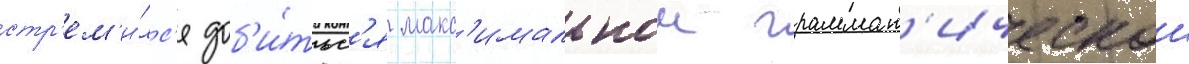
стр'ем'и́лс'я доб'и́тьс'я макс'имальнои граммат'ическои